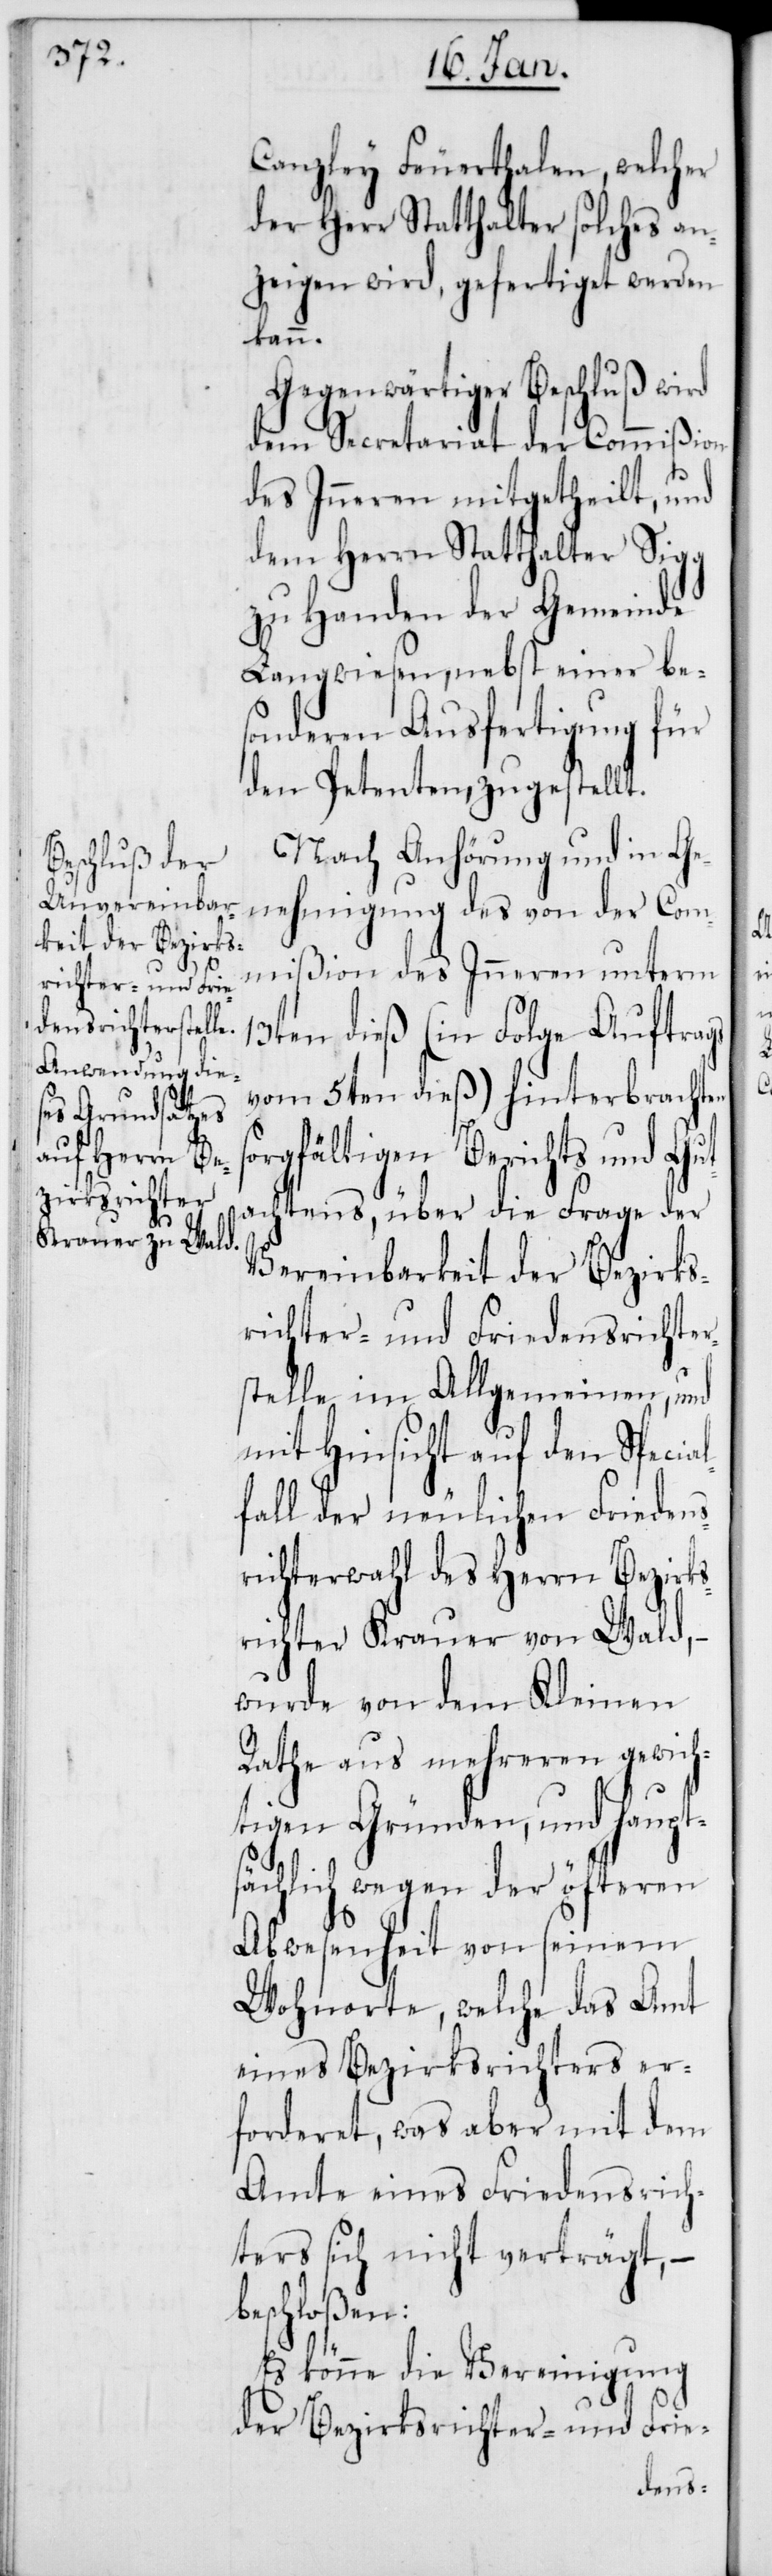
Canzley Feuerthalen, welcher
der Herr Statthalter solches an¬
zeigen wird, gefertiget werden
b¬
Gegenwärtiger Beschluß wird
dem Secretariat der Commißion
des Inneren mitgetheilt, und
dem Herrn Statthalter Sigg
zu Handen der Gemeinde
Langwiesen, nebst einer be¬
sonderen Ausfertigung für
den Petenten, zugestellt.
Nach Anhörung und in Ge¬
nehmigung des von der Com¬
mißion des Inneren unterm
13ten dieß (in Folge Auftrags
vom 5ten dieß) hinterbrachten
sorgfältigen Berichts und Gut¬
achtens, über die Frage der
Vereinbarkeit der Bezirks¬
richter- und Friedensrichter¬
stelle im Allgemeinen, und
mit Hinsicht auf den Specia¬
lfall der neulichen Friedens¬
richterwahl des Herrn Bezirks¬
richter Krauer von Wald, –
wurde von dem Kleinen
Rathe aus mehreren gewich¬
tigen Gründen, und haupt¬
sächlich wegen der öfteren
Abwesenheit von seinem
Wohnorte, welche das Amt
einer Bezirksrichters er¬
forderet, was aber mit dem
Amte eines Friedensrich¬
ters sich nicht verträgt, –
eschloßen:
Es könne die Vereinigung
des Bezirksrichter- und Frie-